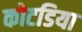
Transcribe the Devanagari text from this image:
कोटडिया